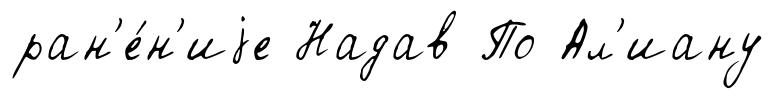
ран'е́н'иjе Надав По Ал'иану